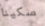
سكينا